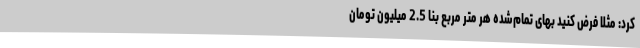
کرد: مثلا فرض کنید بهای تمام‌شده هر متر مربع بنا 2.5 میلیون تومان